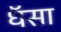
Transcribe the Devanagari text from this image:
धॅसा